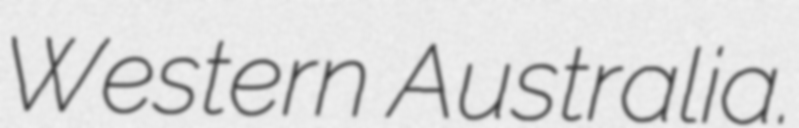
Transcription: Western Australia.